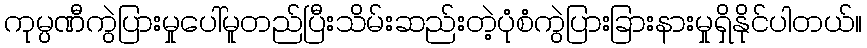
ကုမ္ပဏီကွဲပြားမှုပေါ်မူတည်ပြီးသိမ်းဆည်းတဲ့ပုံစံကွဲပြားခြားနားမှုရှိနိုင်ပါတယ်။